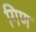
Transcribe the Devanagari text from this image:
गिण